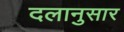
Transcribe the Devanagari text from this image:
दलानुसार